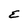
Character: E